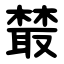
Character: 樷